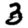
Digit: 3